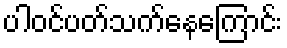
ပါဝင်ပတ်သက်နေကြောင်း